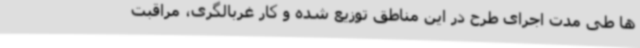
ها طی مدت اجرای طرح در این مناطق توزیع شده و کار غربالگری، مراقبت